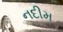
નદીમ